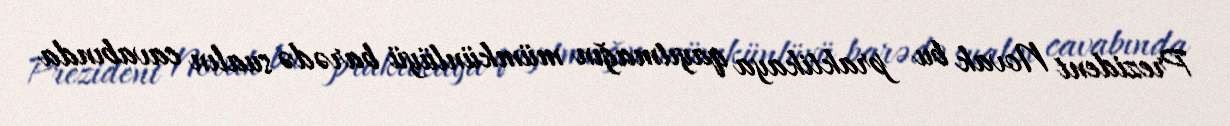
Prezident Novak bu praktikaya qayıtmağın mümkünlüyü barədə sualın cavabında